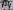
Text: A4